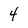
Character: 4